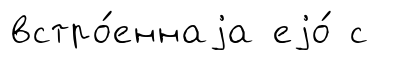
встро́еннаjа еjо́ с